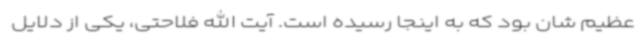
عظیم شان بود که به اینجا رسیده است. آیت الله فلاحتی، یکی از دلایل